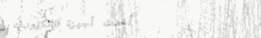
أحدث أجهزة الإلكترونيات و